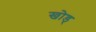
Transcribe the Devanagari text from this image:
खोड्